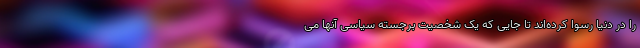
را در دنیا رسوا کرده‌اند تا جایی که یک شخصیت برجسته سیاسی آنها می